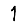
Digit: 1